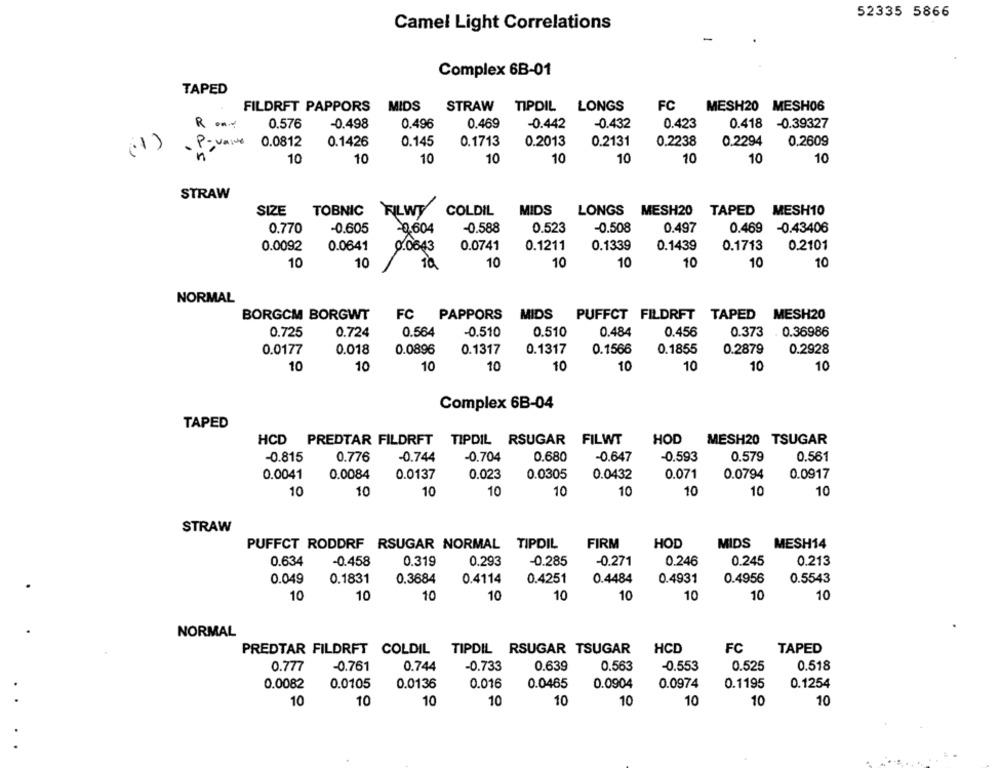
52335 5866
Camel Light Correlations
Complex 6B-01
TAPED
FILDRFT PAPPORS
MIDS
STRAW TIPDIL LONGS
FC
MESH20 MESH06
0.423
R ....
0.576
-0.498
0.496
0.469
-0.442
-0.432
0.418
-0.39327
(1)
0.0812
0.1426
0.145
0.1713
0.2013
0.2131
0.2238
0.2294
0.2609
dos
10
10
10
10
10
10
10
10
10
STRAW
SIZE
TOBNIC
FILWY
COLDIL
MIDS
LONGS
MESH20
TAPED MESH10
0.770
-0.605
-0.604
-0.588
0.523
-0.508
0.497
0.469 -0.43406
0.0092
0.0641
0.0643
0.0741
0.1211
0.1339
0.1439
0.1713
0.2101
10
10
10
10
10
10
10
10
NORMAL
FC PAPPORS
MESH20
BORGCM BORGWT
MIDS PUFFCT FILDRFT TAPED
0.725
0.724
0.564
-0.510
0.510
0.484
0.456
0.373
. 0.36986
0.0177
0.018
0.0896
0.1317
0.1317
0.1566
0.1855
0.2879
0.2928
10
10
10
10
10
10
10
10
10
Complex 6B-04
TAPED
HCD PREDTAR FILDRFT TIPDIL RSUGAR FILWT
HOD
MESH20 TSUGAR
-0.815
0.776
-0.744
-0.704
0.680
-0.647
-0.593
0.579
0.561
0.0041
0.0084
0.0137
0.023
0.0305
0.0432
0.071
0.0794
0.0917
10
10
10
10
10
10
10
10
10
STRAW
FIRM
HOD
MIDS MESH14
PUFFCT RODDRF RSUGAR NORMAL TIPDIL
0.293
-0.285
-0.271
0.245
0.213
0.634
-0.458
0.319
0.246
0.049
0.1831
0.3684
0.4114
0.4251
0.4484
0.4931
0.4956
0.5543
10
10
10
10
10
10
10
10
10
NORMAL
PREDTAR FILDRFT COLDIL TIPDIL RSUGAR TSUGAR
HCD
FC
TAPED
0.777
-0.761
0.744
-0.733
0.639
0.563
-0,553
0.525
0.518
0.016
0.0082
0.0105
0.0136
0.0465
0.0904
0.0974
0.1195
0.1254
10
10
10
10
10
10
10
10
10